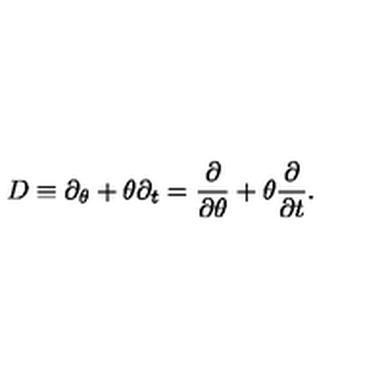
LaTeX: D \equiv \partial _ { \theta } + \theta \partial _ { t } = \frac { \partial } { \partial \theta } + \theta \frac { \partial } { \partial t } .